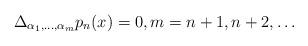
LaTeX: \begin{align*}\Delta_{\alpha_1,\ldots, \alpha_m}p_n(x)=0,m=n+1,n+2,\ldots\end{align*}